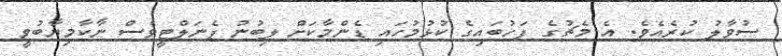
ސުވާލު ކުރެއެވެ. އެ މެޗުގެ ފަހުބައިގެ ކުޅުމުހައި ޑެންމާކަށް ލިބުނު ޕެނަލްޓީވެސް ނާކާމިޔާބުވީ